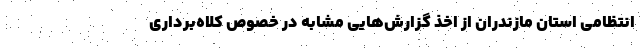
انتظامی استان مازندران از اخذ گزارش‌هایی مشابه در خصوص کلاه‌برداری